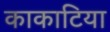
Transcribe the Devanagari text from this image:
काकाटिया